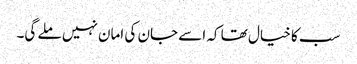
سب کا خیال تھا کہ اسے جان کی امان نہیں ملے گی۔